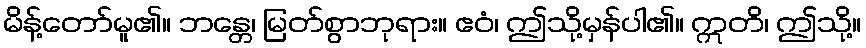
မိန့်တော်မူ၏။ ဘန္တေ၊ မြတ်စွာဘုရား။ ဧဝံ၊ ဤသို့မှန်ပါ၏။ ဣတိ၊ ဤသို့။